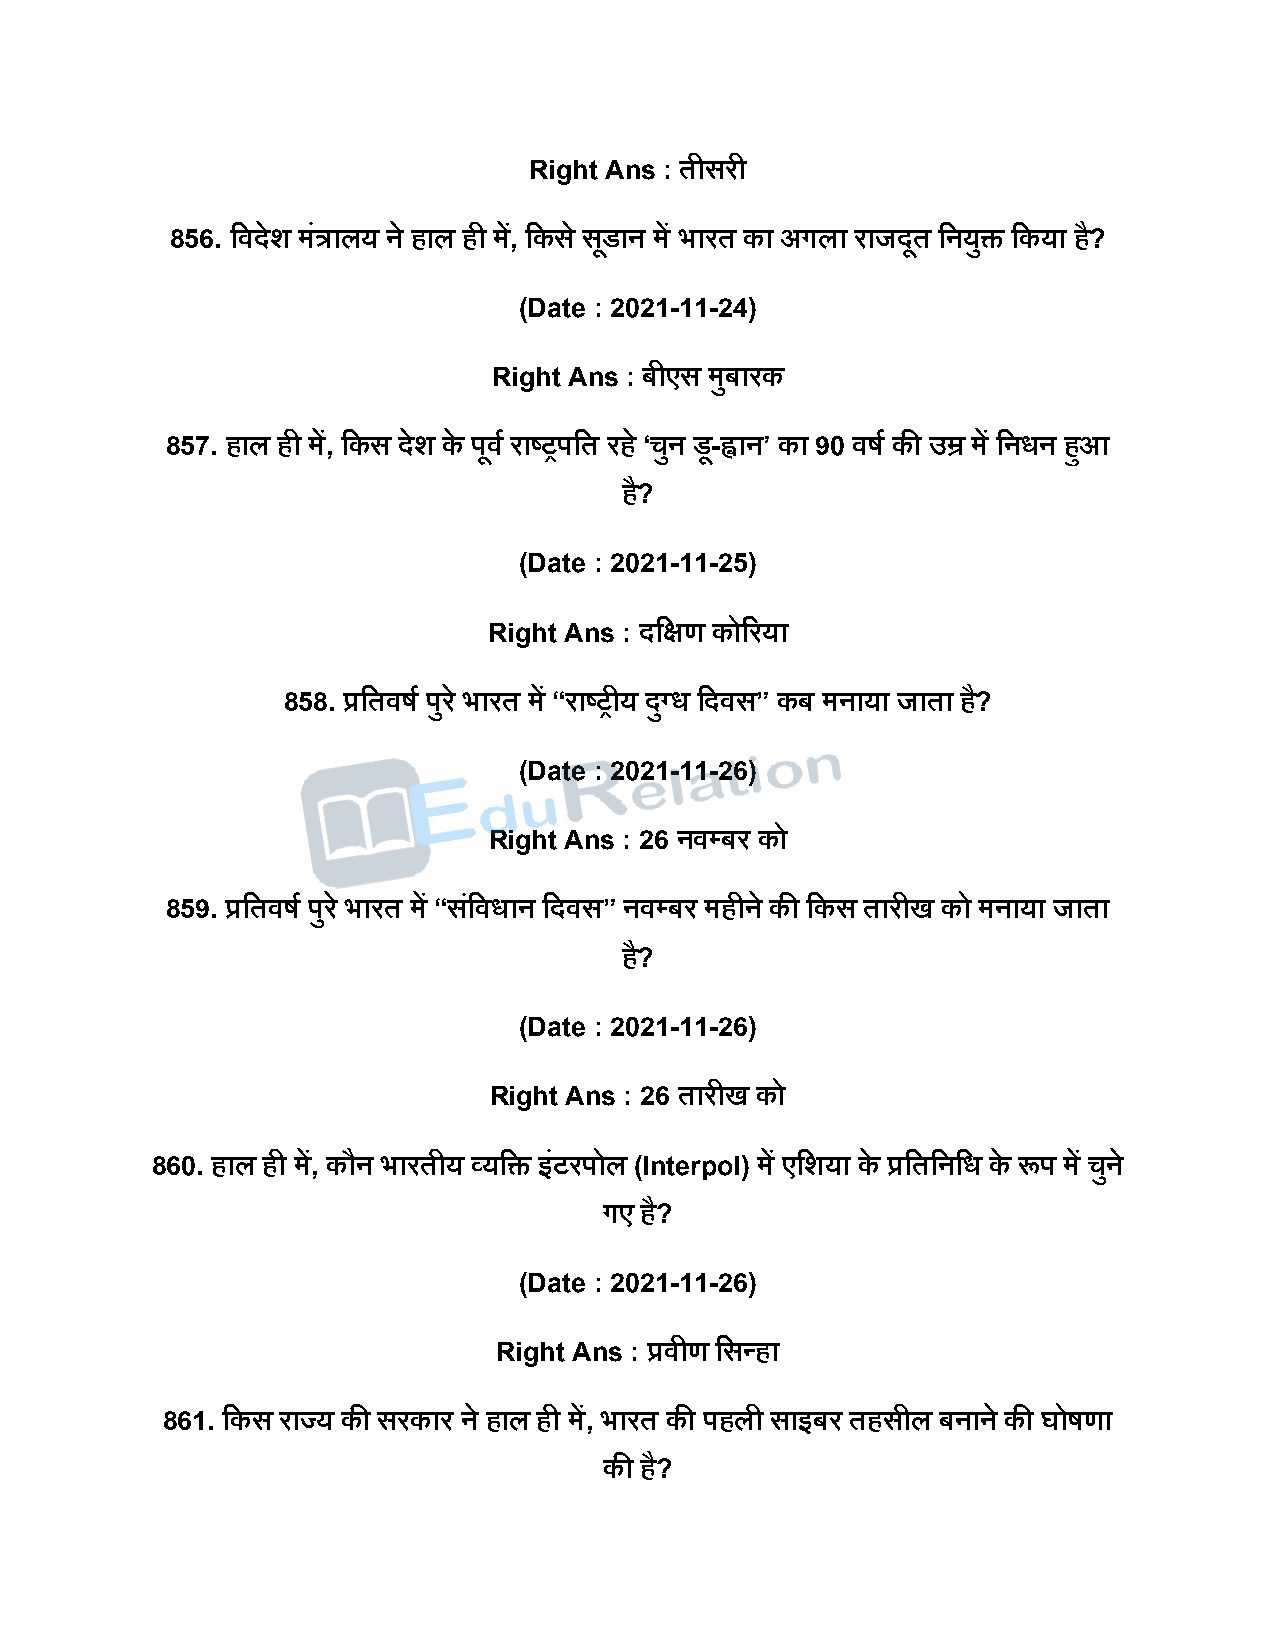
Right Ans : तीसरी
 856. दविेश मंत्रालय ने हाल ही में, दकस े सडू ान में भारत का अगला राजिूत दनयुि दकया ह?ै
 (Date : 2021-11-24)
 Right Ans : बीएस मुबारक
 857. हाल ही में, दकस िेश के िूवष राष्ट्रिदत रह े ‘चुन डू-ह्वान’ का 90 वर्ष की उम्र में दनधन हुआ
 है?
 (Date : 2021-11-25)
 Right Ans : िदक्षण कोररया
 858. प्रदतवर्ष िुर े भारत में “राष्ट्रीय िुग्ध दिवस” कब मनाया जाता ह?ै
 (Date : 2021-11-26)
 Right Ans : 26 नवपबर को
 859. प्रदतवर्ष िुर े भारत में “सदं वधान दिवस” नवपबर महीने की दकस तारीख को मनाया जाता
 है?
 (Date : 2021-11-26)
 Right Ans : 26 तारीख को
 860. हाल ही में, कौन भारतीय व्यदि इंटरिोल (Interpol) में एदशया के प्रदतदनदध के रूि में चुने
 गए है?
 (Date : 2021-11-26)
 Right Ans : प्रवीण दसन्हा
 861. दकस राज्य की सरकार ने हाल ही में, भारत की िहली साइबर तहसील बनाने की घोर्णा
 की है?